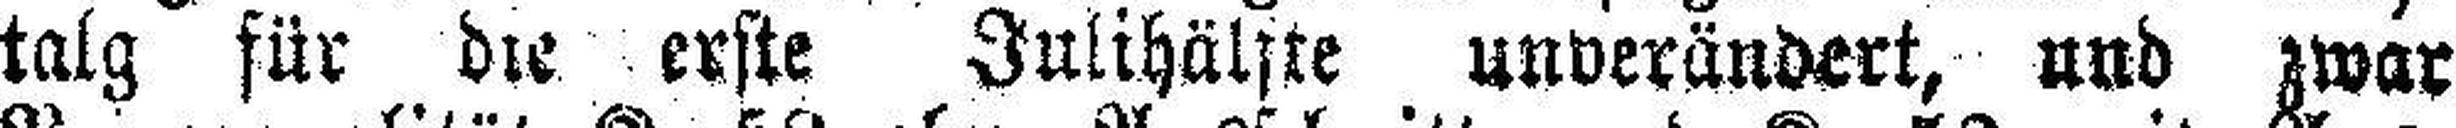
talg für die erste Julihälfte unverändert, und zwar